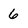
Character: 6